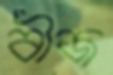
বীজ